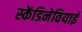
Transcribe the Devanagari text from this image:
स्केंडिनेवियाई